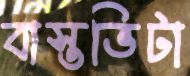
বাস্তভিটা